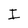
Character: I